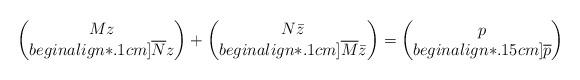
LaTeX: \begin{align*}\begin{pmatrix} Mz \\begin{align*}.1cm] \overline{N}z \end{pmatrix} + \begin{pmatrix} N \bar{z} \\begin{align*}.1cm] \overline{M} \bar{z} \end{pmatrix} = \begin{pmatrix} p \\begin{align*}.15cm] \overline{p} \end{pmatrix}\end{align*}